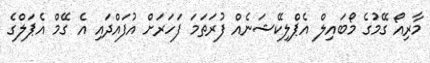
މާރިއޯ ގޭމުގެ މޯބައިލް އެޕްލިކޭޝަނެއް ފުރަތަމަ ފަހަރަށް އުފައްދައި އެ ގޭމް އެޕަލްގެ